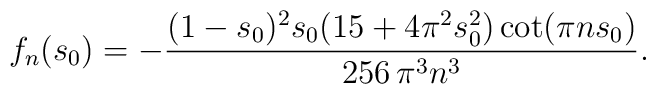
f_n(s_0)=-\frac{(1-s_0)^2 s_0(15+4\pi^2 s_0^2)\cot(\pi n s_0)}{256\,\pi^3 n^3}.